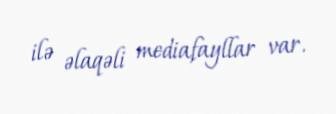
ilə əlaqəli mediafayllar var.